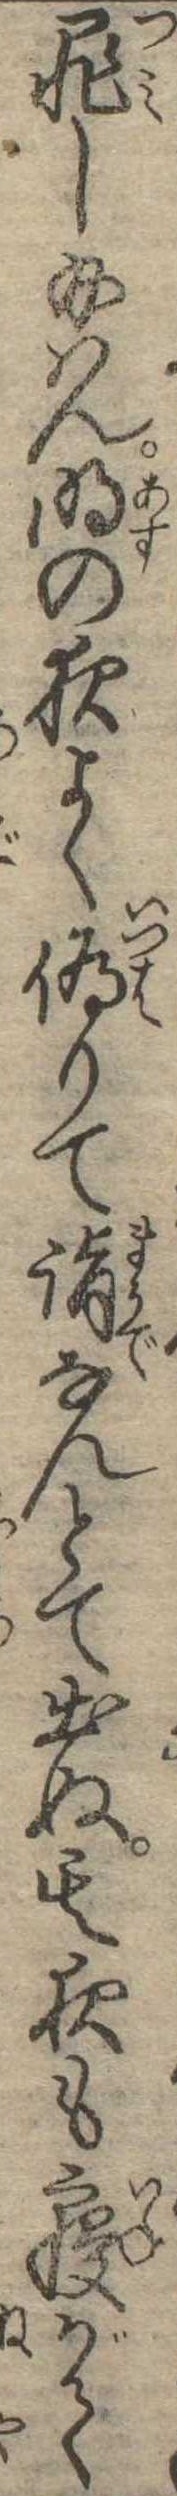
罪し給はん明の夜よく偽りて詣なんとて出ぬ其夜も寝がて